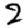
Digit: 2